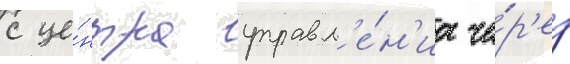
с це́нтра управл'е́н'иа че́р'ез